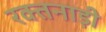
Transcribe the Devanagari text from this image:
रक्तनाड़ी